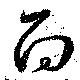
而